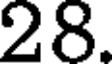
28.